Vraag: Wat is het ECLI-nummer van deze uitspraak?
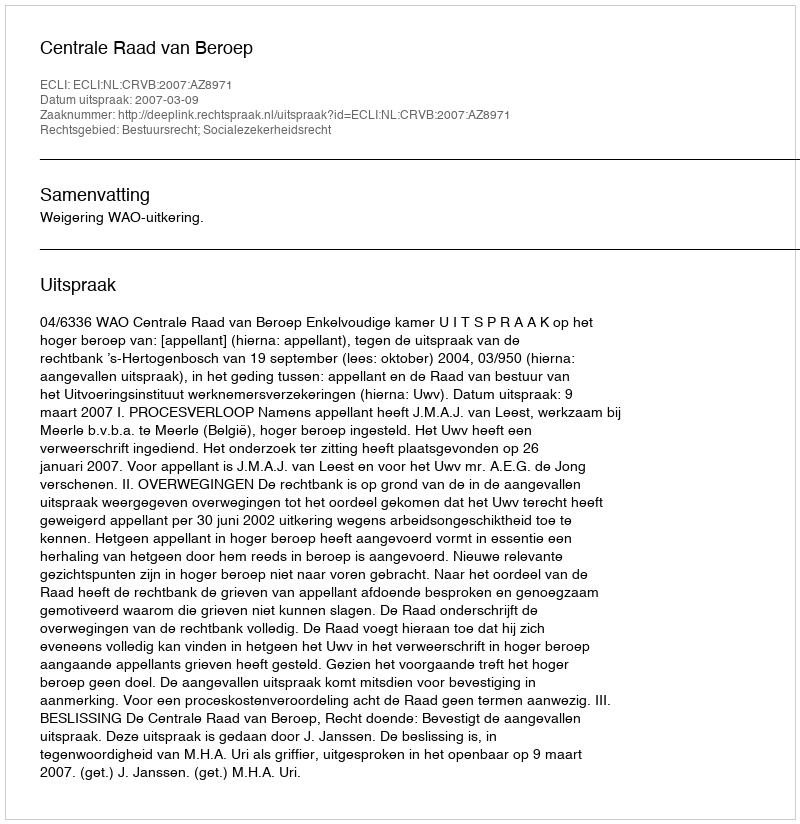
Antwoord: ECLI:NL:CRVB:2007:AZ8971